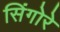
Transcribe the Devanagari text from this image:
सिंगोरे